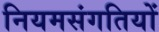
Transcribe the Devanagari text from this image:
नियमसंगतियों